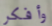
وأفكر